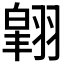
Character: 𮋉